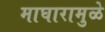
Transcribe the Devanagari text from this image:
माघारामुळे